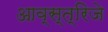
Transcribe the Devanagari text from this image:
आव्स्त्रिजे